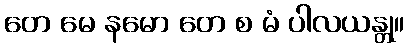
တေ မေ နမော တေ စ မံ ပါလယန္တု။